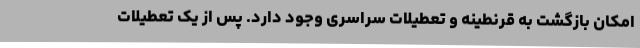
امکان بازگشت به قرنطینه و تعطیلات سراسری وجود دارد. پس از یک تعطیلات